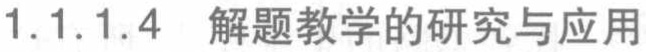
1.1.1.4 解题教学的研究与应用